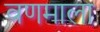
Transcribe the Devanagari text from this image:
वणमाला